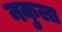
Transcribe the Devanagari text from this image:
नकुला